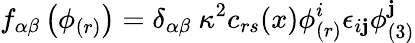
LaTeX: f_{\alpha\beta}\left(\phi_{(r)}\right)=\delta_{\alpha\beta}~\kappa^{2}c_{rs}(x)\phi_{(r)}^{i}\epsilon_{i\mathbf{j}}\phi_{(3)}^{\mathbf{j}}